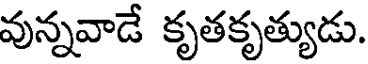
వున్నవాడే కృతకృత్యుడు.